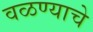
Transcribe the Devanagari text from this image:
वळण्याचे